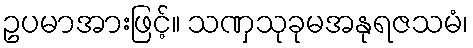
ဥပမာအားဖြင့်။ သဏှသုခုမအနုရဇသမံ၊